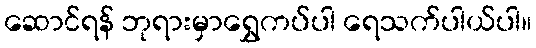
ဆောင်ရန် ဘုရားမှာရွှေကပ်ပါ ရေသက်ပါယ်ပါ။